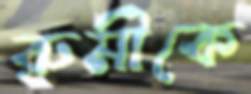
রুমীকে